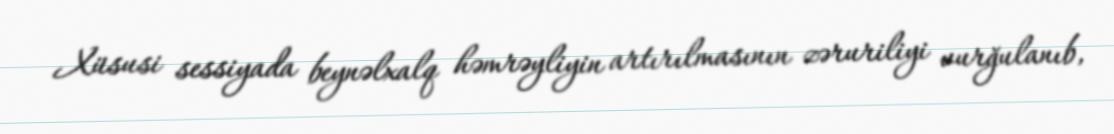
Xüsusi sessiyada beynəlxalq həmrəyliyin artırılmasının zəruriliyi vurğulanıb,